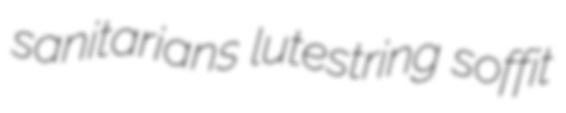
sanitarians lutestring soffit